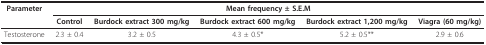
<table><thead><tr><td><b>Parameter</b></td><td colspan="5"><b>Mean frequency ± S.E.M</b></td></tr><tr><td></td><td><b>Control</b></td><td><b>Burdock extract 300 mg/kg</b></td><td><b>Burdock extract 600 mg/kg</b></td><td><b>Burdock extract 1,200 mg/kg</b></td><td><b>Viagra (60 mg/kg)</b></td></tr></thead><tbody><tr><td>Testosterone</td><td>2.3 ± 0.4</td><td>3.2 ± 0.5</td><td>4.3 ± 0.5*</td><td>5.2 ± 0.5**</td><td>2.9 ± 0.6</td></tr></tbody></table>